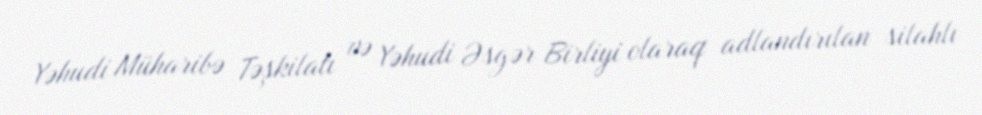
Yəhudi Müharibə Təşkilatı və Yəhudi Əsgər Birliyi olaraq adlandırılan silahlı